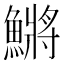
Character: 鱂